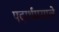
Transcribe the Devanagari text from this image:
पदार्थमसाले